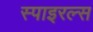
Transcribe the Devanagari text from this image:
स्पाइरल्स